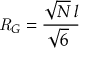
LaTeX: { \mathit { R } } _ { G } = { \frac { { \sqrt { N } } \, l } { { \sqrt { 6 } } \ } }